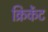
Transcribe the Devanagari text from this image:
क्रिकेंट